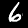
Digit: 6